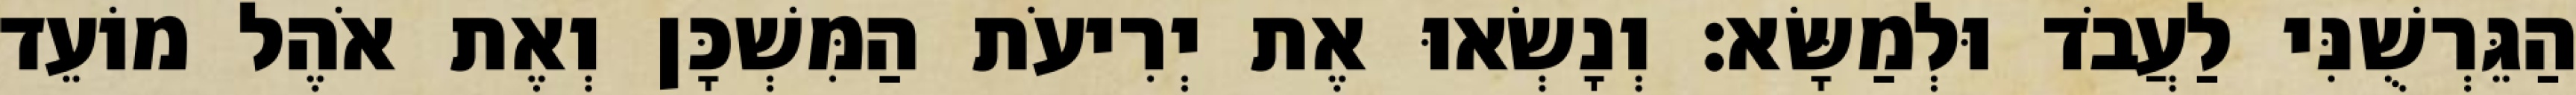
הַגֵּרְשֻׁנִּי לַעֲבֹד וּלְמַשָּׂא׃ וְנָשְׂאוּ אֶת יְרִיעֹת הַמִּשְׁכָּן וְאֶת אֹהֶל מוֹעֵד